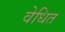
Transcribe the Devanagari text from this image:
वेधित